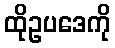
ထိုဥပဒေကို